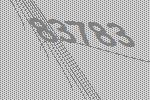
83783